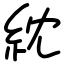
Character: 紞